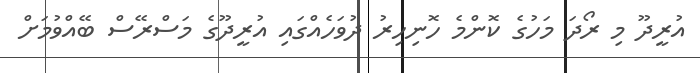
އުރީދޫ މި ރޯދަ މަހުގެ ކޮންމެ ހޮނިހިރު ދުވަހެއްގައި އުރީދޫގެ މަސްރޭސް ބޭއްވުމަށް